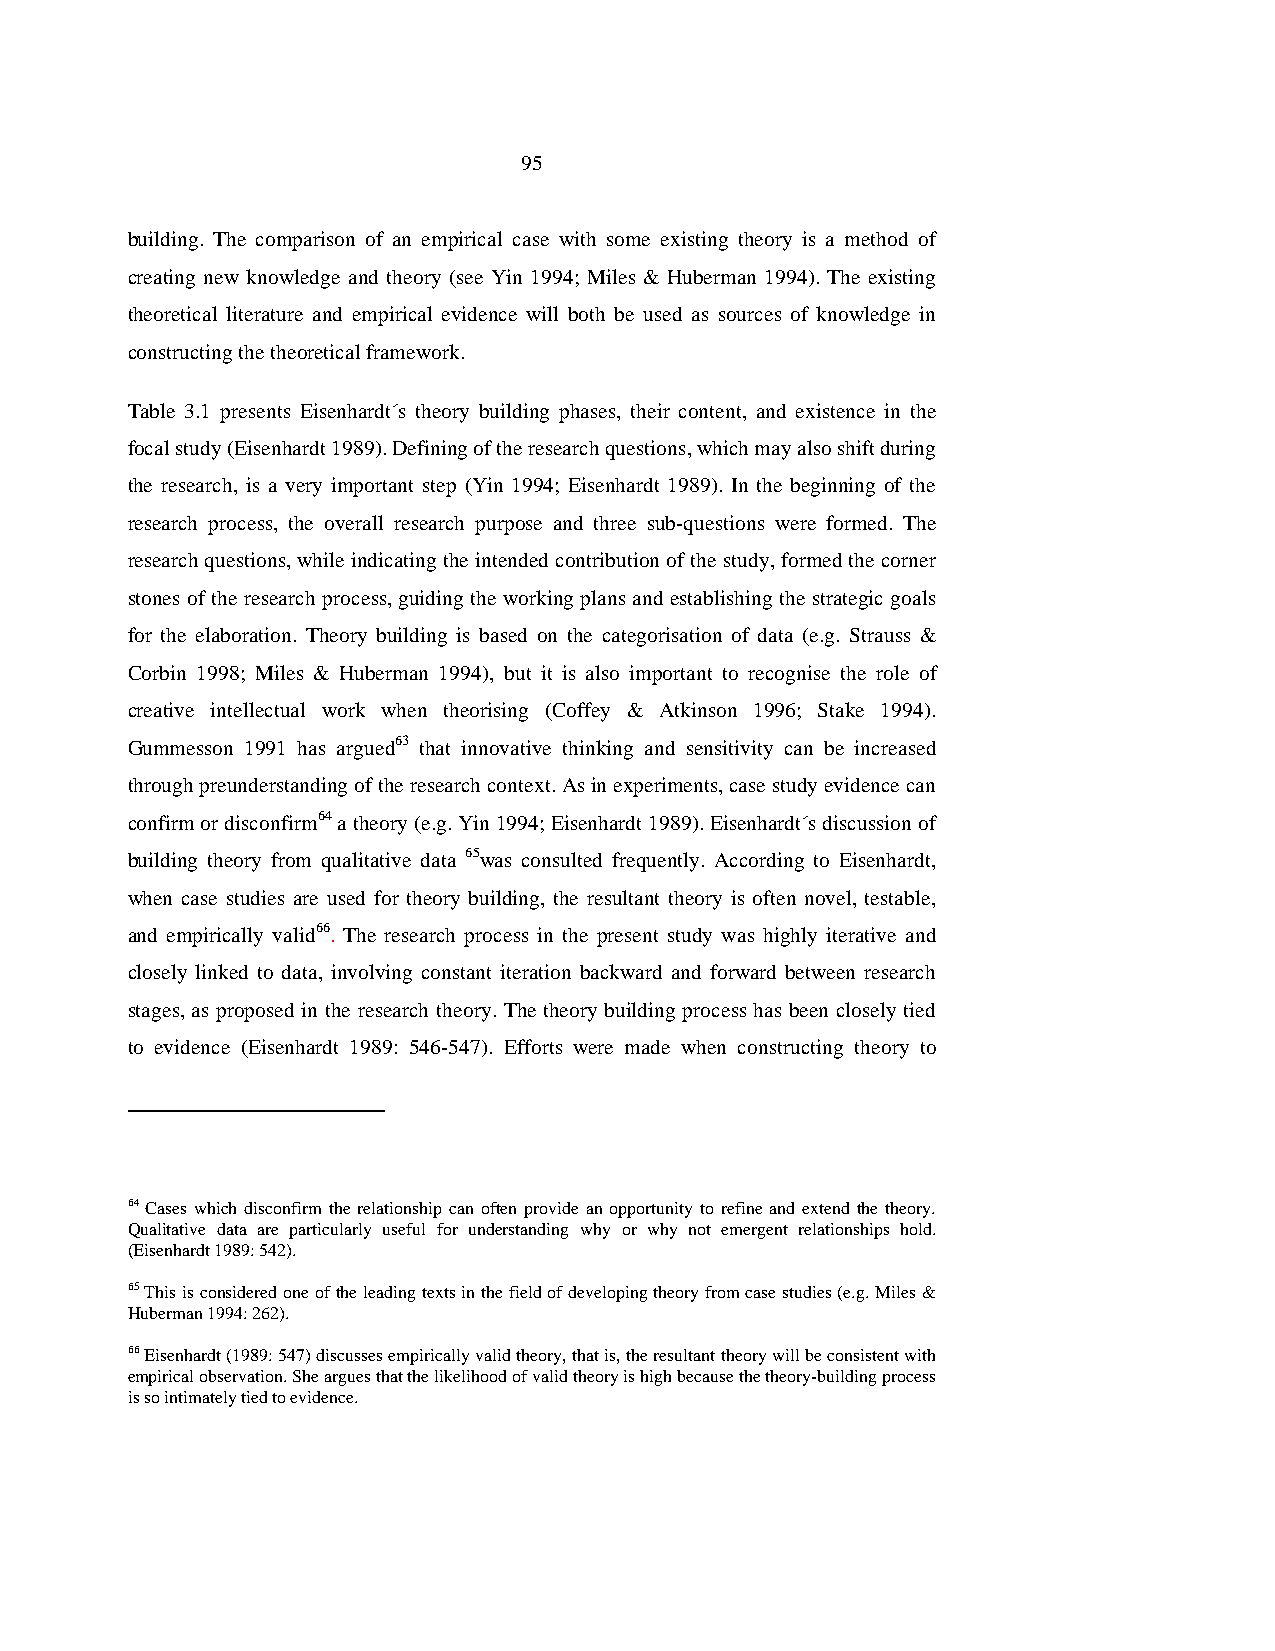
95
 building. The comparison of an empirical case with some existing theory is a method of
 creating new knowledge and theory (see Yin 1994; Miles & Huberman 1994). The existing
 theoretical literature and empirical evidence will both be used as sources of knowledge in
 constructing the theoretical framework.
 Table 3.1 presents Eisenhardt´s theory building phases, their content, and existence in the
 focal study (Eisenhardt 1989). Defining of the research questions, which may also shift during
 the research, is a very important step (Yin 1994; Eisenhardt 1989). In the beginning of the
 research process, the overall research purpose and three sub-questions were formed. The
 research questions, while indicating the intended contribution of the study, formed the corner
 stones of the research process, guiding the working plans and establishing the strategic goals
 for the elaboration. Theory building is based on the categorisation of data (e.g. Strauss &
 Corbin 1998; Miles & Huberman 1994), but it is also important to recognise the role of
 creative intellectual work when theorising (Coffey & Atkinson 1996; Stake 1994).
 Gummesson 1991 has argued63 that innovative thinking and sensitivity can be increased
 through preunderstanding of the research context. As in experiments, case study evidence can
 confirm or disconfirm64 a theory (e.g. Yin 1994; Eisenhardt 1989). Eisenhardt´s discussion of
 building theory from qualitative data 65was consulted frequently. According to Eisenhardt,
 when case studies are used for theory building, the resultant theory is often novel, testable,
 and empirically valid66. The research process in the present study was highly iterative and
 closely linked to data, involving constant iteration backward and forward between research
 stages, as proposed in the research theory. The theory building process has been closely tied
 to evidence (Eisenhardt 1989: 546-547). Efforts were made when constructing theory to
 64 Cases which disconfirm the relationship can often provide an opportunity to refine and extend the theory.
 Qualitative data are particularly useful for understanding why or why not emergent relationships hold.
 (Eisenhardt 1989: 542).
 65 This is considered one of the leading texts in the field of developing theory from case studies (e.g. Miles &
 Huberman 1994: 262).
 66 Eisenhardt (1989: 547) discusses empirically valid theory, that is, the resultant theory will be consistent with
 empirical observation. She argues that the likelihood of valid theory is high because the theory-building process
 is so intimately tied to evidence.